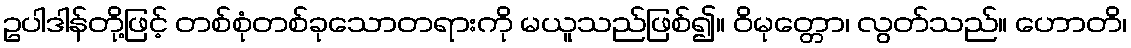
ဥပါဒါန်တို့ဖြင့် တစ်စုံတစ်ခုသောတရားကို မယူသည်ဖြစ်၍။ ဝိမုတ္တော၊ လွတ်သည်။ ဟောတိ၊